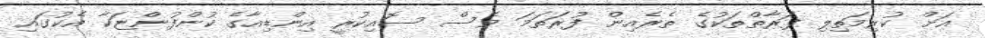
އަށް ކުރިމަތިލި ފަރާތްތަކުގެ ތެރެއިން ފުރަަތަމަ ވެސް ސޮއިކުރީ އިންޑިއާގެ ކުންފުންޏަކާ އެކުގައި